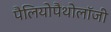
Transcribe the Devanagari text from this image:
पैलियोपैथोलॉजी